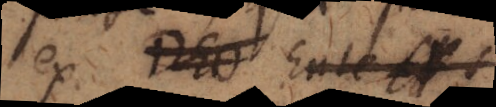
ex Deo Ente et